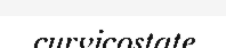
curvicostate